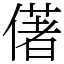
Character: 㒂